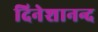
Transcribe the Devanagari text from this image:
दिनेशानन्द